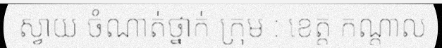
ស្វាយ ចំណាត់ថ្នាក់ ក្រុម : ខេត្ត កណ្តាល